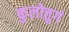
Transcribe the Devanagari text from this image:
कुलोत्तुगं